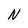
Character: N